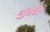
લાખથીરૂ